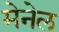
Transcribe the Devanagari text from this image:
मेनेल